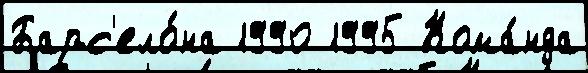
Барс'ело́на 1990 1995 Кома́нда